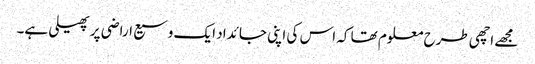
مجھے اچھی طرح معلوم تھا کہ اس کی اپنی جائداد ایک وسیع اراضی پر پھیلی ہے۔